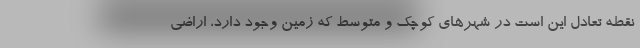
نقطه تعادل این است در شهرهای کوچک و متوسط که زمین وجود دارد، اراضی